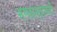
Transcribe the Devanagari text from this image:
भगवान्‌दासजी